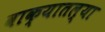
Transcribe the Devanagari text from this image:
वाक्यातल्या